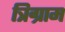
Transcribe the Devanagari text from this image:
त्रिग्राम